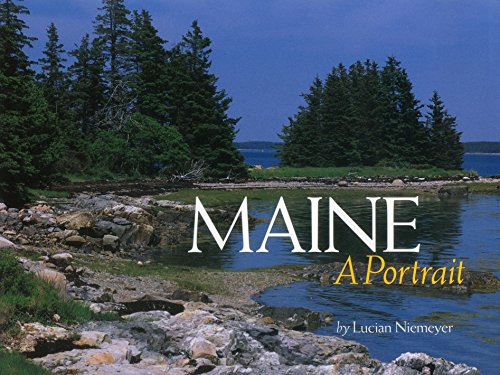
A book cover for Maine: A Portrait; Lucian Niemeyer; Travel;